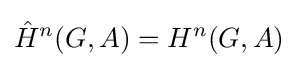
{\hat {H}}^{n}(G,A)=H^{n}(G,A)